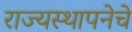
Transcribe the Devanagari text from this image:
राज्यस्थापनेचे